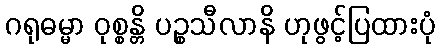
ဂရုဓမ္မာ ဝုစ္စန္တိ ပဉ္စသီလာနိ ဟုဖွင့်ပြထားပုံ